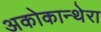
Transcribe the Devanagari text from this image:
अकोकान्थेरा